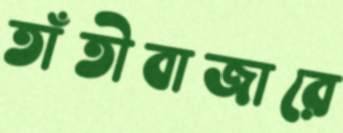
তাঁতীবাজারে